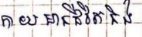
កាយមានជីវិតនិង